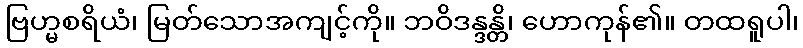
ဗြဟ္မစရိယံ၊ မြတ်သောအကျင့်ကို။ ဘဝိဒန္ဒန္တိ၊ ဟောကုန်၏။ တထရူပါ၊